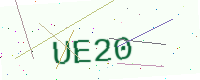
Text: UE20